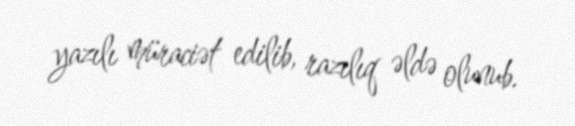
yazılı müraciət edilib, razılıq əldə olunub.